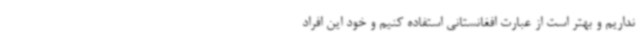
نداریم و بهتر است از عبارت افغانستانی استفاده کنیم و خود این افراد